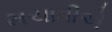
મચાવીએ